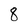
Character: 8